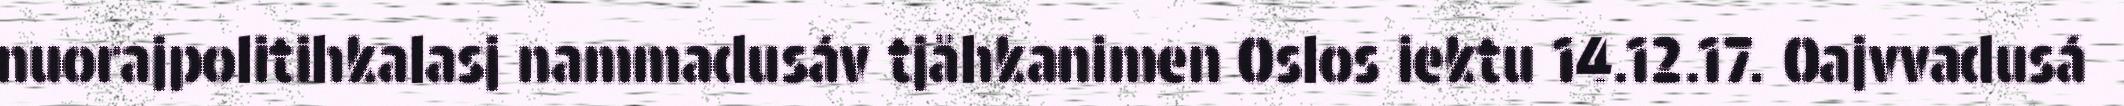
nuorajpolitihkalasj nammadusáv tjåhkanimen Oslos iektu 14.12.17. Oajvvadusá